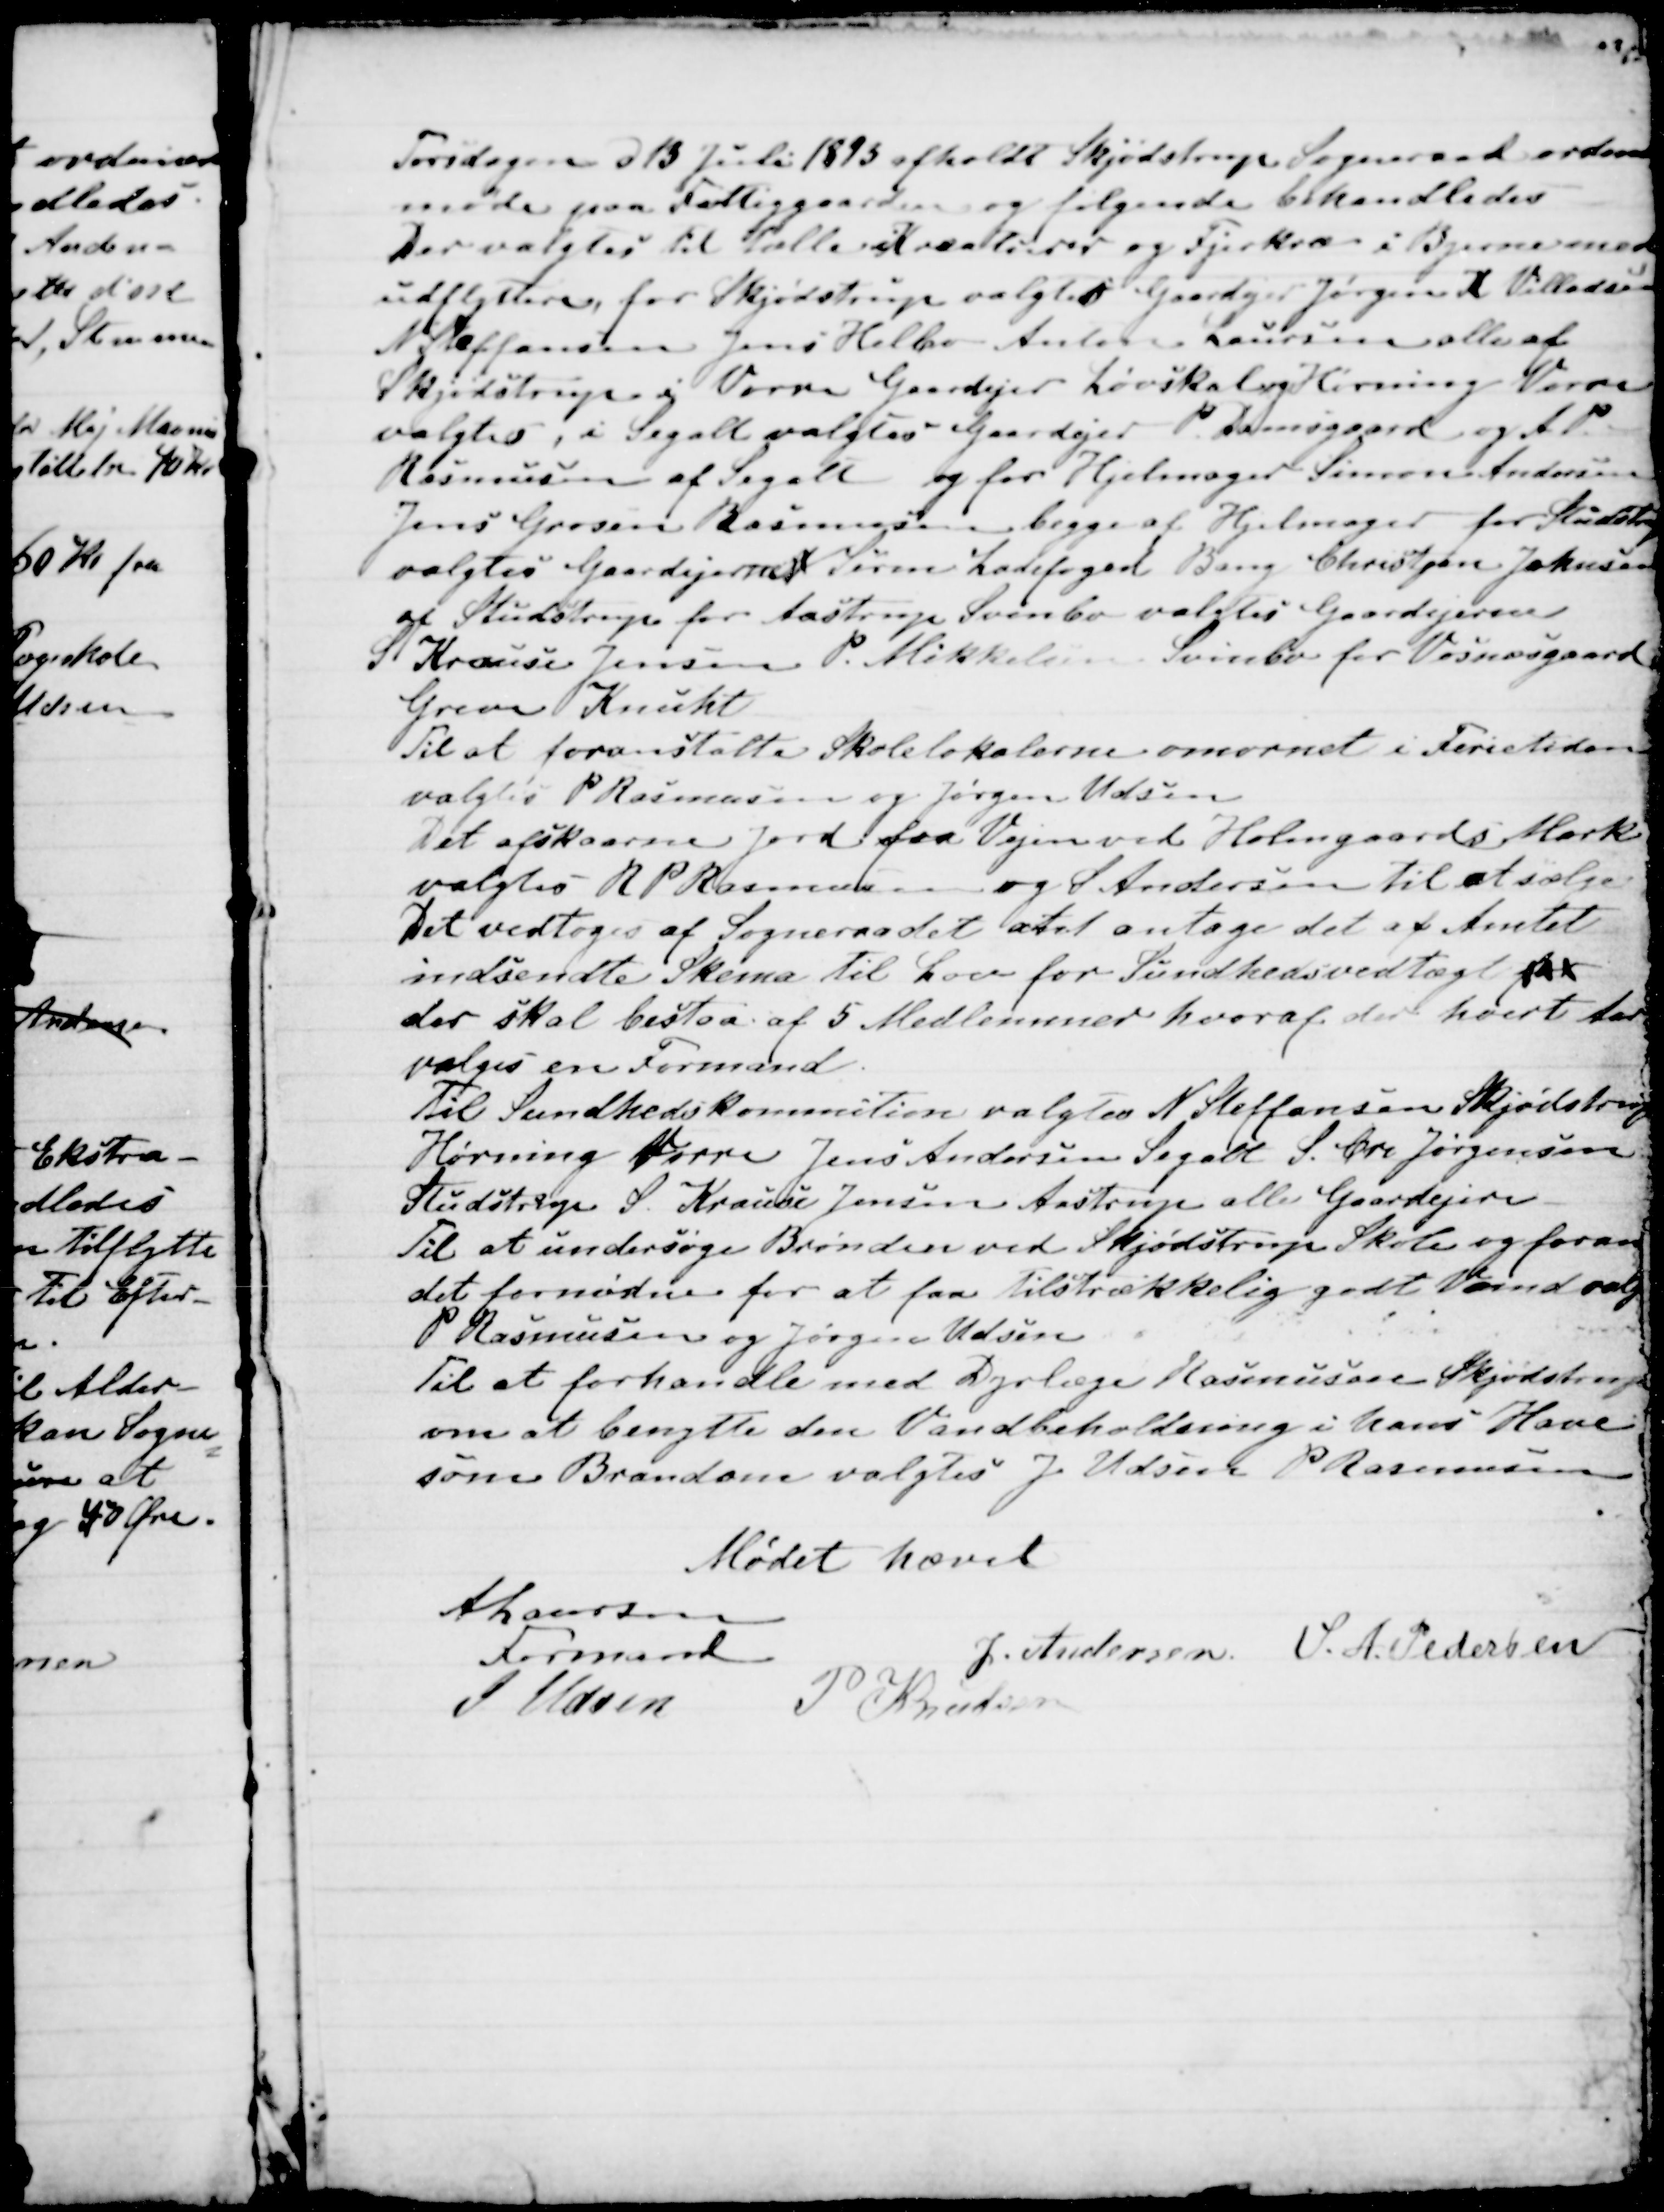
Transskription:
Torsdagen d 13 Juli 1893 afholdt Skjødstrup Sogneraad ordinær
møde paa Fattiggaarden og følgende behandledes
Der valgtes til tælle Kreaturer og Fjerkræ i Byerne med
udflyttere, for Skjødstrup valgtes Gaardejer Jørgen K Villadsen
N Steffansen Jens Helbo Anton Laursen alle af 
Skjødstrup og Vorre Gaardejer Løvskal og Hørning Vorre
valgtes, i Segalt valgtes Gaardejer P. Damsgaard og A P
Rasmussen af Segalt og for Hjelmager Simon Andersen
Jens Grosen Rasmussen begge af Hjelmager for Studstrup
valgtes Gaardejerne Søren Ladefoged Bang Christjan Jokusen
af Studstrup for Aastrup Svinbo valgtes Gaardejerne
S Krause Jensen P. Mikkelsen Svinbo for Vosnæsgaard
Greve Knuht
Til at foranstalte Skolelokalerne omornet i Ferietiden
valgtes P Rasmussen og Jørgen Udsen
Det afskaarne Jord fra Vejen ved Holmgaards Mark
valgtes R P Rasmussen og S Andersen til at sælge.
Det vedtoges af Sogneraadet atat antage det af Amtet
indsendte Skema til Lov for Sundhedsvedtægt for
der skal bestaa af 5 Medlemmer hvoraf der hvert Aar
vælges en Formand.
Til Sundhedskommition valgtes N Steffansen Skjødstrup
Hørning Vorre Jens Andersen Segalt S. Chr. Jørgensen
Studstrup S Krause Jensen Aastrup alle Gaardejere
Til at undersøge Brønden ved Skjødstrup Skole og foran
det fornødne for at faa tilstrækkelig godt Vand valg
P Rasmussen og Jørgen Udsen
Til at forhandle med Dyrlæge Rasmusen Skjødstrup
om at benytte den Vandbeholdning i hans Have
som Brandam valgtes J Udsen P Rasmussen
Mødet hævet
A Laursen
Formand
J. Andersen
S. A. Pedersen
J Udsen
P Knudsen